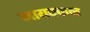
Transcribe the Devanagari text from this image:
नायक्कन